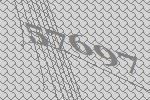
57697